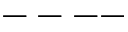
--- -